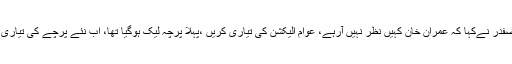
محمدصفدر نےکہا کہ عمران خان کہیں نظر نہیں آرہے، عوام الیکشن کی تیاری کریں ،پہلا پرچہ لیک ہوگیا تھا، اب نئے پرچے کی تیاری کریں۔